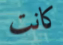
كانت